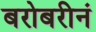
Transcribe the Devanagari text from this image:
बरोबरीनं